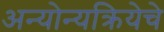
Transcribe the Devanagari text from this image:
अन्योन्यक्रियेचे